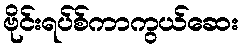
ဗိုင်းရပ်စ်ကာကွယ်ဆေး